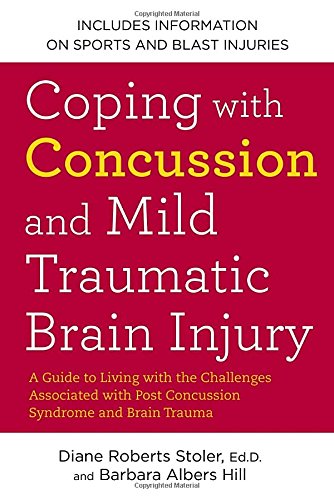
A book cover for Coping with Concussion and Mild Traumatic Brain Injury: A Guide to Living with the Challenges Associated with Post Concussion Syndrome and Brain Trauma; Diane Roberts Stoler; Health, Fitness & Dieting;